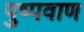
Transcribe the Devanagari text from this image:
पुष्पवाण